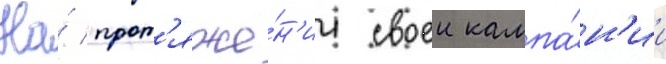
На́ прот'яже́н'ии своеи кампа́н'ии